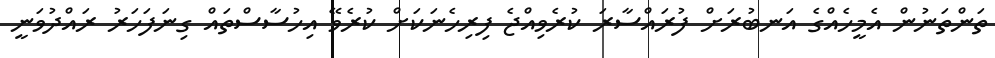
ތަންތަނުން އެމީހެއްގެ އަނބުރަށް ފުރައްސާރަ ކުރެވިއްޖެ ފިރިހެނަކަށް ކުރެވޭ އިހުސާސްތައް ގިނަފަހަރު ރައްދުވަނީ